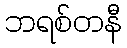
ဘရစ်တနီ